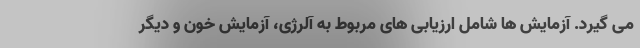
می گیرد. آزمایش ها شامل ارزیابی های مربوط به آلرژی، آزمایش خون و دیگر